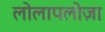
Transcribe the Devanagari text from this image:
लोलापलोज़ा